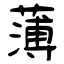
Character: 薄